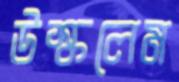
উস্‌কলেম